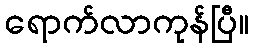
ရောက်လာကုန်ပြီ။